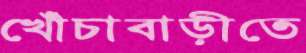
খোঁচাবাড়ীতে